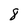
Character: 8